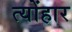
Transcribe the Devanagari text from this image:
त्योंहार